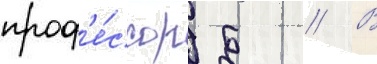
проф'е́ссор б // В